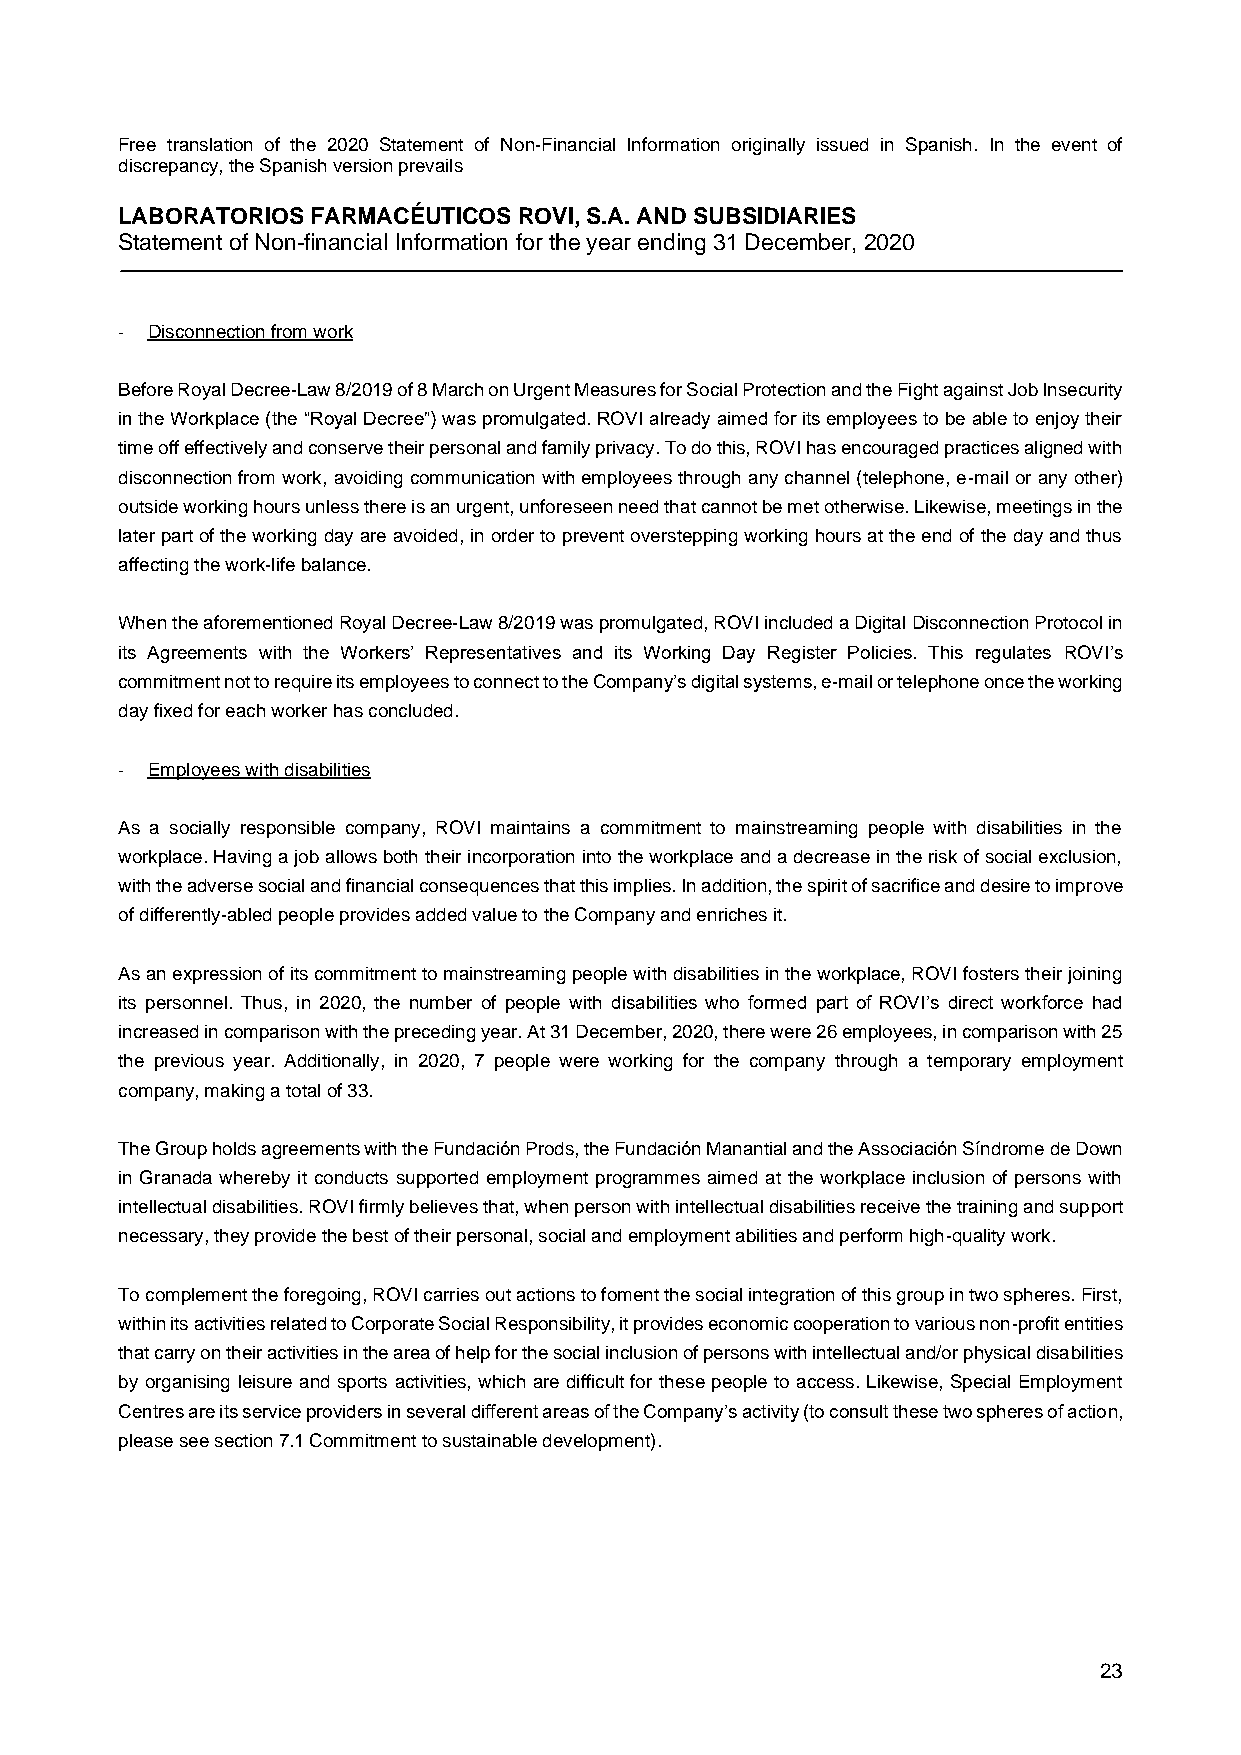
Free translation of the 2020 Statement of Non-Financial Information originally issued in Spanish. In the event of
 discrepancy, the Spanish version prevails
 LABORATORIOS FARMACÉUTICOS ROVI, S.A. AND SUBSIDIARIES
 Statement of Non-financial Information for the year ending 31 December, 2020
 - Disconnection from work
 Before Royal Decree-Law 8/2019 of 8 March on Urgent Measures for Social Protection and the Fight against Job Insecurity
 in the Workplace (the “Royal Decree”) was promulgated. ROVI already aimed for its employees to be able to enjoy their
 time off effectively and conserve their personal and family privacy. To do this, ROVI has encouraged practices aligned with
 disconnection from work, avoiding communication with employees through any channel (telephone, e-mail or any other)
 outside working hours unless there is an urgent, unforeseen need that cannot be met otherwise. Likewise, meetings in the
 later part of the working day are avoided, in order to prevent overstepping working hours at the end of the day and thus
 affecting the work-life balance.
 When the aforementioned Royal Decree-Law 8/2019 was promulgated, ROVI included a Digital Disconnection Protocol in
 its Agreements with the Workers’ Representatives and its Working Day Register Policies. This regulates ROVI’s
 commitment not to require its employees to connect to the Company’s digital systems, e-mail or telephone once the working
 day fixed for each worker has concluded.
 - Employees with disabilities
 As a socially responsible company, ROVI maintains a commitment to mainstreaming people with disabilities in the
 workplace. Having a job allows both their incorporation into the workplace and a decrease in the risk of social exclusion,
 with the adverse social and financial consequences that this implies. In addition, the spirit of sacrifice and desire to improve
 of differently-abled people provides added value to the Company and enriches it.
 As an expression of its commitment to mainstreaming people with disabilities in the workplace, ROVI fosters their joining
 its personnel. Thus, in 2020, the number of people with disabilities who formed part of ROVI’s direct workforce had
 increased in comparison with the preceding year. At 31 December, 2020, there were 26 employees, in comparison with 25
 the previous year. Additionally, in 2020, 7 people were working for the company through a temporary employment
 company, making a total of 33.
 The Group holds agreements with the Fundación Prods, the Fundación Manantial and the Associación Síndrome de Down
 in Granada whereby it conducts supported employment programmes aimed at the workplace inclusion of persons with
 intellectual disabilities. ROVI firmly believes that, when person with intellectual disabilities receive the training and support
 necessary, they provide the best of their personal, social and employment abilities and perform high-quality work.
 To complement the foregoing, ROVI carries out actions to foment the social integration of this group in two spheres. First,
 within its activities related to Corporate Social Responsibility, it provides economic cooperation to various non-profit entities
 that carry on their activities in the area of help for the social inclusion of persons with intellectual and/or physical disabilities
 by organising leisure and sports activities, which are difficult for these people to access. Likewise, Special Employment
 Centres are its service providers in several different areas of the Company’s activity (to consult these two spheres of action,
 please see section 7.1 Commitment to sustainable development).
 23